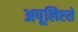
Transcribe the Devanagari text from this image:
अपूलिएसे